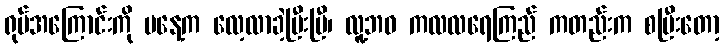
ရုပ်အကြောင်းကို မနေ့က လေ့လာခဲ့ပြီးပြီ၊ လူ့ဘဝ ကလလရေကြည် ကတည်းက စပြီးတော့